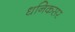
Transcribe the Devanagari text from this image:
धनिकसर